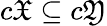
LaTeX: c{\mathfrak{X}}\subseteq c{\mathfrak{Y}}